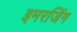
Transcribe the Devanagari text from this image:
इमरजिंग